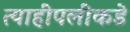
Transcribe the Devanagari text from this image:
त्याहीपलीकडे